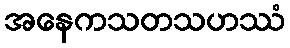
အနေကသတသဟဿံ